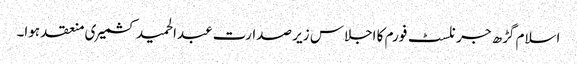
اسلام گڑھ جرنلسٹ فورم کا اجلاس زیر صدارت عبدالحمید کشمیری منعقد ہوا۔